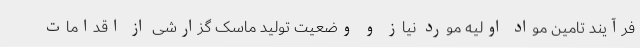
فرآیند تامین مواد اولیه مورد نیاز و وضعیت تولید ماسک گزارشی از اقدامات